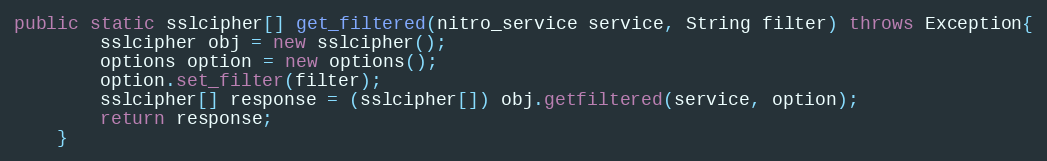
Language: Java
public static sslcipher[] get_filtered(nitro_service service, String filter) throws Exception{
		sslcipher obj = new sslcipher();
		options option = new options();
		option.set_filter(filter);
		sslcipher[] response = (sslcipher[]) obj.getfiltered(service, option);
		return response;
	}